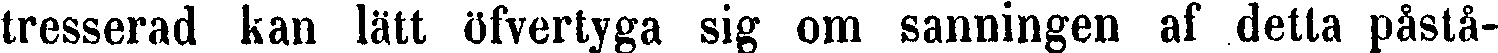
tresserad kan lätt öfvertyga sig om sanningen af detta påstå-